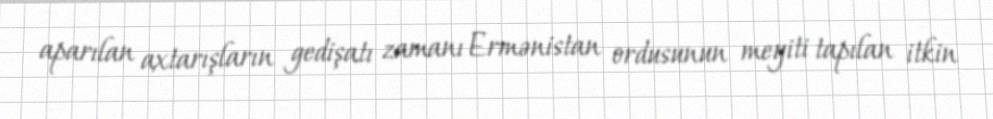
aparılan axtarışların gedişatı zamanı Ermənistan ordusunun meyiti tapılan itkin